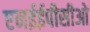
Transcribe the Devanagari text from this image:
एनईईपीसीओ